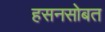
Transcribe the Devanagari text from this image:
हसनसोबत